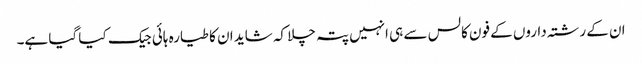
ان کے رشتہ داروں کے فون کالس سے ہی انہیں پتہ چلا کہ شاید ان کا طیارہ ہائی جیک کیا گیا ہے۔